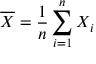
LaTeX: { \overline { { X } } } = { \frac { 1 } { n } } \sum _ { i = 1 } ^ { n } X _ { i }